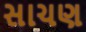
સાચણ